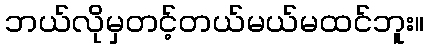
ဘယ်လိုမှတင့်တယ်မယ်မထင်ဘူး။